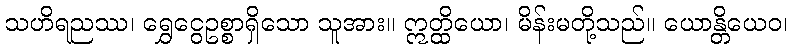
သဟိရညဿ၊ ရွှေငွေဥစ္စာရှိသော သူအား။ ဣတ္ထိယော၊ မိန်းမတို့သည်။ ယောန္တိယေဝ၊